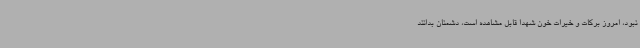
نبود، امروز برکات و خیرات خون شهدا قابل مشاهده است، دشمنان بدانند